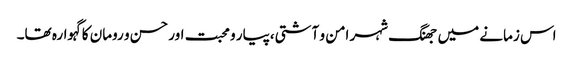
اس زمانے میں جھنگ شہر امن و آشتی،پیار و محبت اور حسن و رومان کا گہوارہ تھا۔